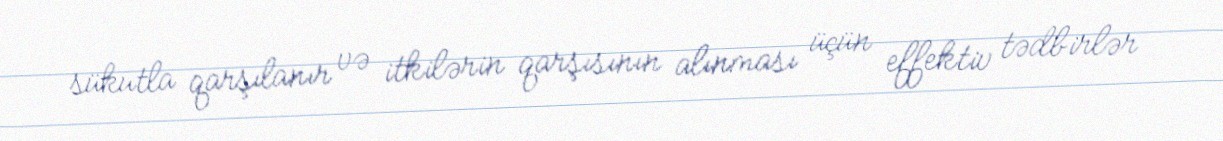
sükutla qarşılanır və itkilərin qarşısının alınması üçün effektiv tədbirlər